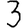
Digit: 3